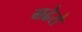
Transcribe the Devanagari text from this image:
गढेरो